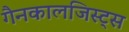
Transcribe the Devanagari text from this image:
गैनकालजिस्ट्स